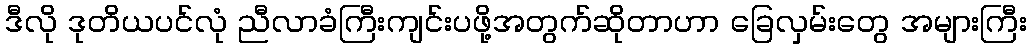
ဒီလို ဒုတိယပင်လုံ ညီလာခံကြီးကျင်းပဖို့အတွက်ဆိုတာဟာ ခြေလှမ်းတွေ အများကြီး